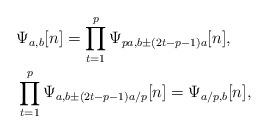
LaTeX: \begin{align*}&\Psi_{a,b}[n]=\prod_{t=1}^p \Psi_{pa, b\pm(2t-p-1)a}[n],\\&\prod_{t=1}^p \Psi_{a, b\pm(2t-p-1)a/p}[n]=\Psi_{a/p,b}[n],\end{align*}